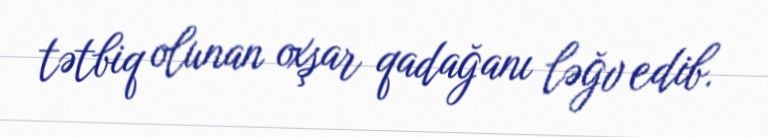
tətbiq olunan oxşar qadağanı ləğv edib.